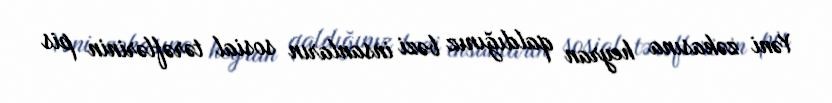
Yəni zəkasına heyran qaldığınız bəzi insanların sosial tərəflərinin pis